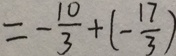
= - \frac { 1 0 } { 3 } + ( - \frac { 1 7 } { 3 } )